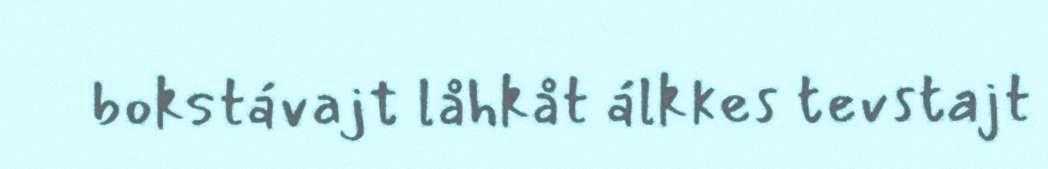
bokstávajt låhkåt álkkes tevstajt